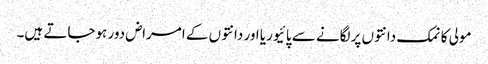
مولی کا نمک دانتوں پرلگانے سے پائیوریا اور دانتوں کے امراض دور ہوجاتے ہیں۔